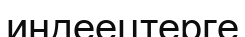
индеецтерге